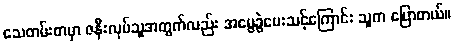
သေတမ်းစာမှာ ဇနီးလုပ်သူအတွက်လည်း အမွေခွဲပေးသင့်ကြောင်း သူက ပြောတယ်။